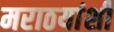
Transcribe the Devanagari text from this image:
मराठयांशी